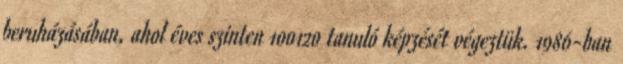
beruházásában, ahol éves szinten 100120 tanuló képzését végeztük. 1986-ban